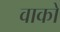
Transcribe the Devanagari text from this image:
वाको